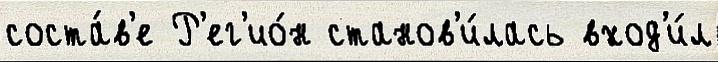
соста́в'е Р'ег'ио́н станов'и́лась вход'и́л